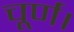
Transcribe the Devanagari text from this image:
चूर्ण।